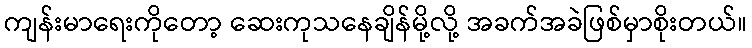
ကျန်းမာရေးကိုတော့ ဆေးကုသနေချိန်မို့လို့ အခက်အခဲဖြစ်မှာစိုးတယ်။